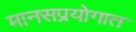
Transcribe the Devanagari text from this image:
मानसप्रयोगात